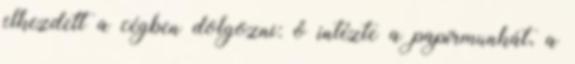
elkezdett a cégben dolgozni: ő intézte a papírmunkát, a